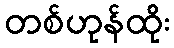
တစ်ဟုန်ထိုး